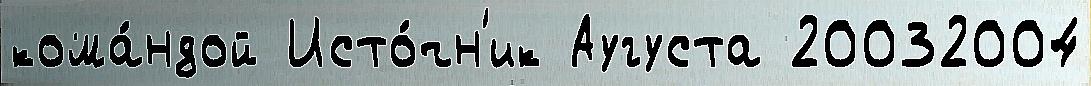
кома́ндой Исто́чн'ик Аугуста 20032004